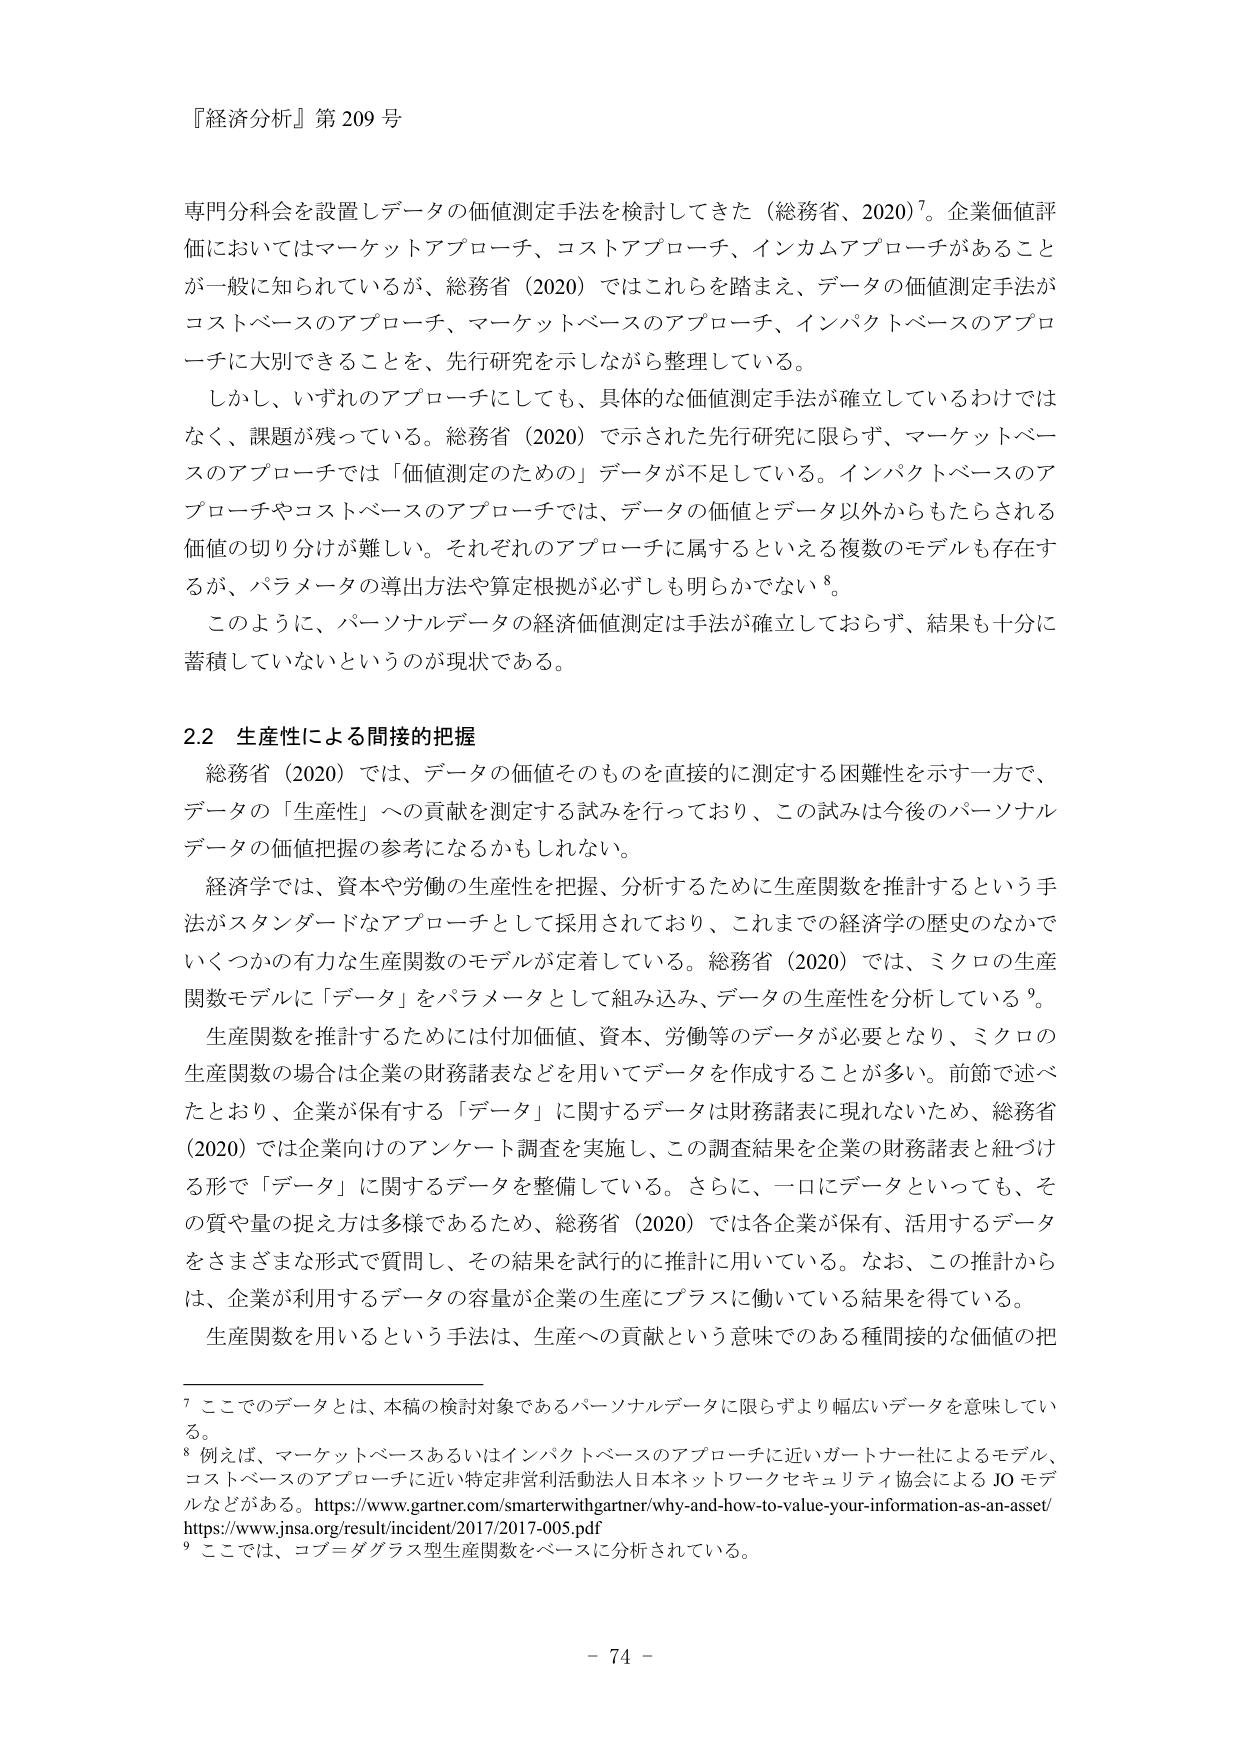
『経済分析』第 209 号

専門分科会を設置しデータの価値測定手法を検討してきた（総務省、2020）⁷。企業価値評価においてはマーケットアプローチ、コストアプローチ、インカムアプローチがあることが一般に知られているが、総務省（2020）ではこれらを踏まえ、データの価値測定手法がコストベースのアプローチ、マーケットベースのアプローチ、インパクトベースのアプローチに大別できることを、先行研究を示しながら整理している。

しかし、いずれのアプローチにしても、具体的な価値測定手法が確立しているわけではなく、課題が残っている。総務省（2020）で示された先行研究に限らず、マーケットベースのアプローチでは「価値測定のための」データが不足している。インパクトベースのアプローチやコストベースのアプローチでは、データの価値とデータ以外からもたらされる価値の切り分けが難しい。それぞれのアプローチに属するといえる複数のモデルも存在するが、パラメータの導出方法や算定根拠が必ずしも明らかでない⁸。

このように、パーソナルデータの経済価値測定は手法が確立しておらず、結果も十分に蓄積していないというのが現状である。

2.2 生産性による間接的把握

総務省（2020）では、データの価値そのものを直接的に測定する困難性を示す一方で、データの「生産性」への貢献を測定する試みを行っており、この試みは今後のパーソナルデータの価値把握の参考になるかもしれない。

経済学では、資本や労働の生産性を把握、分析するために生産関数を推計するという手法がスタンダードなアプローチとして採用されており、これまでの経済学の歴史のなかでいくつかの有力な生産関数のモデルが定着している。総務省（2020）では、ミクロの生産関数モデルに「データ」をパラメータとして組み込み、データの生産性を分析している⁹。

生産関数を推計するためには付加価値、資本、労働等のデータが必要となり、ミクロの生産関数の場合は企業の財務諸表などを用いてデータを作成することが多い。前節で述べたとおり、企業が保有する「データ」に関するデータは財務諸表に現れないため、総務省（2020）では企業向けのアンケート調査を実施し、この調査結果を企業の財務諸表と紐づける形で「データ」に関するデータを整備している。さらに、一口にデータといっても、その質や量の捉え方は多様であるため、総務省（2020）では各企業が保有、活用するデータをさまざまな形式で質問し、その結果を試行的に推計に用いている。なお、この推計からは、企業が利用するデータの容量が企業の生産にプラスに働いている結果を得ている。

生産関数を用いるという手法は、生産への貢献という意味でのある種間接的な価値の把

⁷ ここでのデータとは、本稿の検討対象であるパーソナルデータに限らずより幅広いデータを意味している。

⁸ 例えば、マーケットベースあるいはインパクトベースのアプローチに近いガートナー社によるモデル、コストベースのアプローチに近い特定非営利活動法人日本ネットワークセキュリティ協会による JO モデルなどがある。https://www.gartner.com/smarterwithgartner/why-and-how-to-value-your-information-as-an-asset/ https://www.jnsa.org/result/incident/2017/2017-005.pdf

⁹ ここでは、コブ＝ダグラス型生産関数をベースに分析されている。

- 74 -